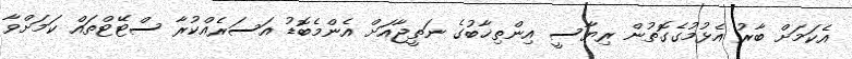
އެކަމަށް ބާރު އެޅުމުގެގޮތުން ރިޔާސީ އިންތިޚާބުގެ ނަތީޖާއަށް އެންމެބޮޑު އަސަރެއްކުރާ ސްޓޭޓްތައް ކަމަށްވާ